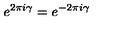
e ^ { 2 \pi i \gamma } = e ^ { - 2 \pi i \gamma }